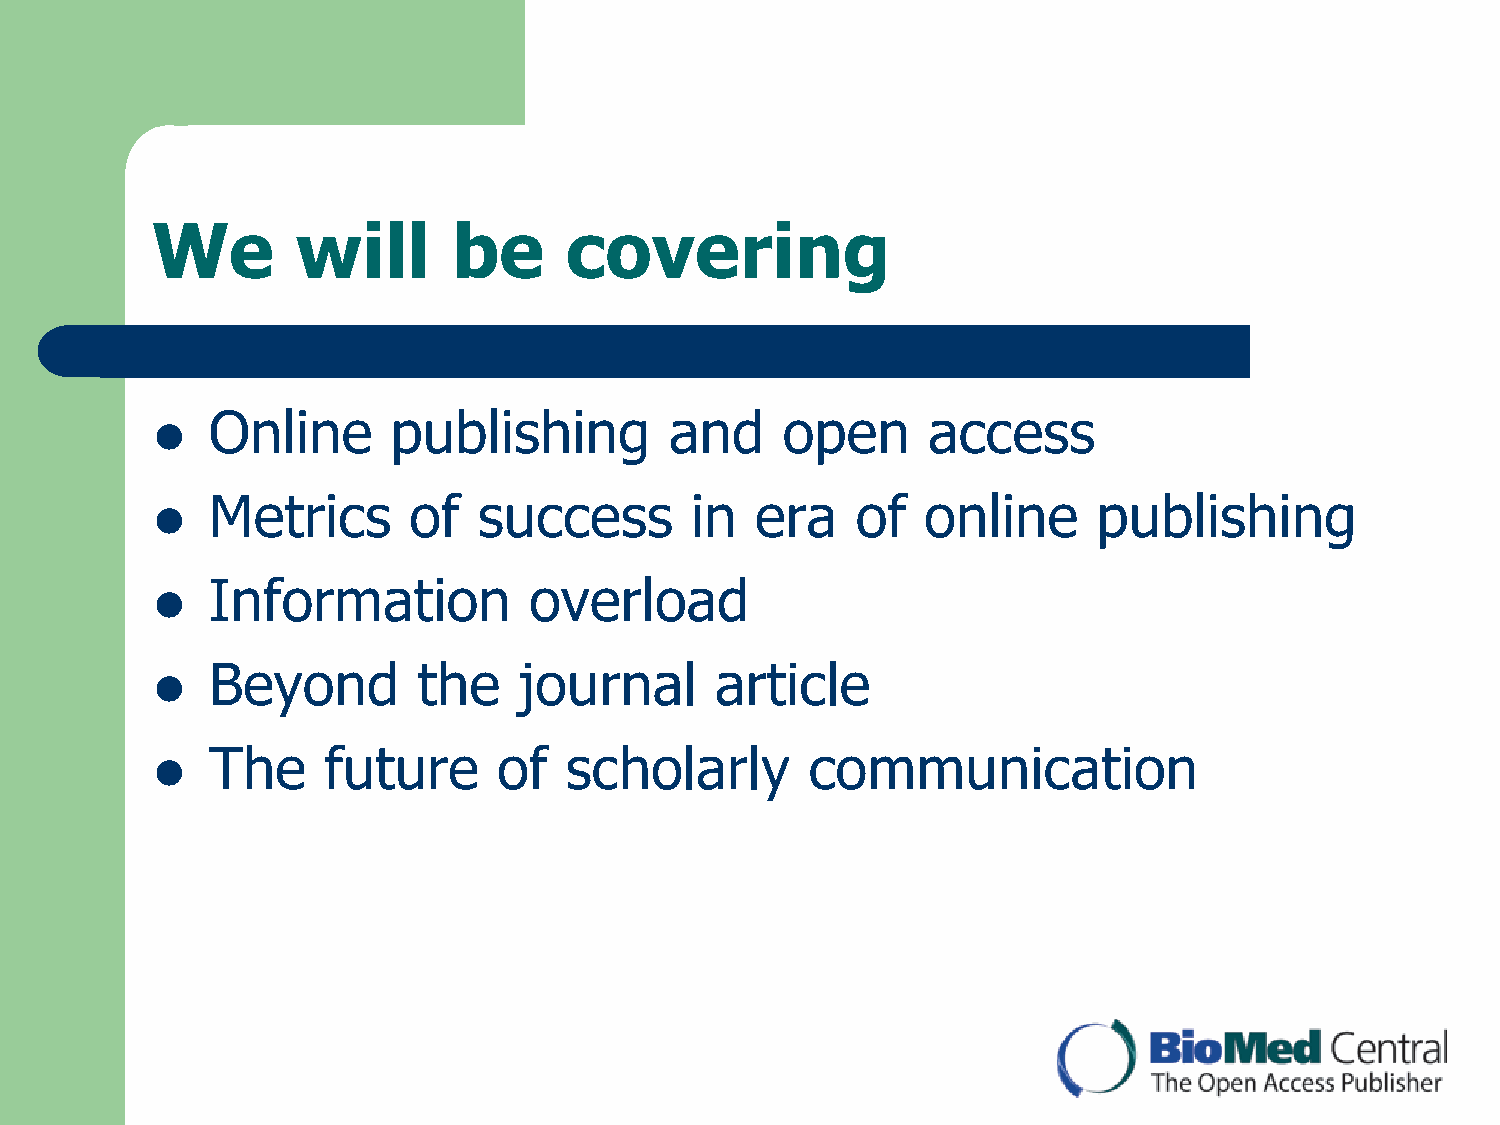
We        will      be     covering
 Online      publishing        and     open     access
 
 Metrics      of   success       in  era    of  online      publishing
 
 Information          overload
 
 Beyond        the   journal      article
 
 The    future      of  scholarly        communication
 